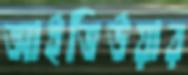
আইভিউয়ার